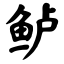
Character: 鲈